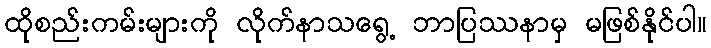
ထိုစည်းကမ်းများကို လိုက်နာသရွေ့ ဘာပြဿနာမှ မဖြစ်နိုင်ပါ။